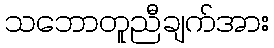
သဘောတူညီချက်အား